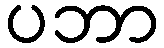
ပဘာ